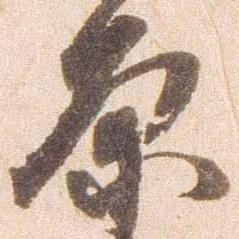
原